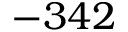
- 3 4 2